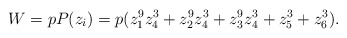
\begin{align*}W= p P(z_i)= p(z_1^9 z_4^3 + z_2^9 z_4^3 + z_3^9 z_4^3 + z_5^3 + z_6^3).\end{align*}